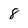
Character: 8